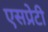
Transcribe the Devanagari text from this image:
एसप्रेटी